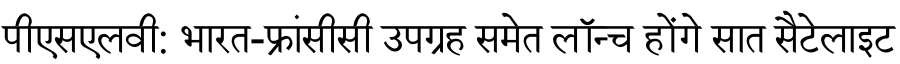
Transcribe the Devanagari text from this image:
पीएसएलवी: भारत-फ्रांसीसी उपग्रह समेत लॉन्च होंगे सात सैटेलाइट